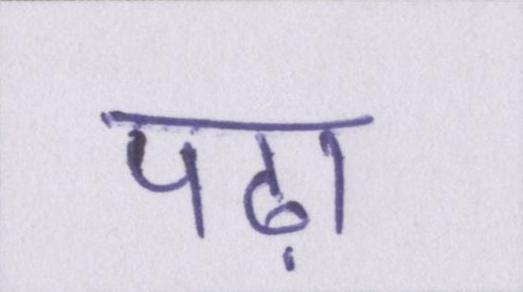
पढ़ा